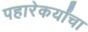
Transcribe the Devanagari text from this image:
पहारेकर्यांचा